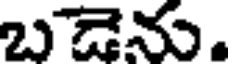
బడెను.